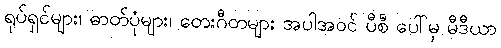
ရုပ်ရှင်များ၊ ဓာတ်ပုံများ၊ တေးဂီတများ အပါအဝင် ပီစီ ပေါ်မှ မီဒီယာ